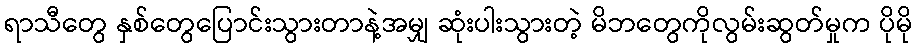
ရာသီတွေ နှစ်တွေပြောင်းသွားတာနဲ့အမျှ ဆုံးပါးသွားတဲ့ မိဘတွေကိုလွမ်းဆွတ်မှုက ပိုမို